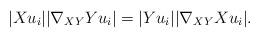
LaTeX: \begin{align*}|Xu_i| | \nabla_{XY} Yu_i| = |Yu_i| | \nabla_{XY} Xu_i| . \end{align*}